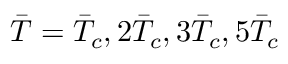
\Bar { T } = \Bar { T } _ { c } , 2 \Bar { T } _ { c } , 3 \Bar { T } _ { c } , 5 \Bar { T } _ { c }